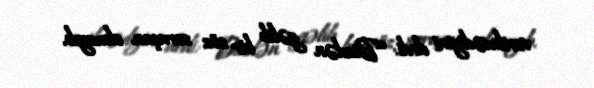
verilmədiyini dedi: “Bizdən gəlib bir söz soruşan olmayıb.